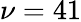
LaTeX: \nu=41